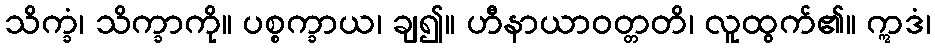
သိက္ခံ၊ သိက္ခာကို။ ပစ္စက္ခာယ၊ ချ၍။ ဟီနာယာဝတ္တတိ၊ လူထွက်၏။ ဣဒံ၊